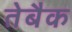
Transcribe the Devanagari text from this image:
तेबैक